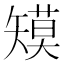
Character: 𰦞